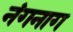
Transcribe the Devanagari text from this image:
नंगनाग